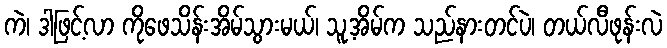
ကဲ၊ ဒါဖြင့်လာ ကိုဖေသိန်းအိမ်သွားမယ်၊ သူ့အိမ်က သည်နားတင်ပဲ၊ တယ်လီဖုန်းလဲ